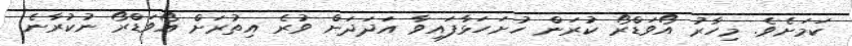
ކަމަށެވެ. މިހާރު އޯވަޑްރޯ ކުރަން ހުށަހަޅާފައިވާ އަދަދަށް ވުރެ އިތުރަށް އޯވަޑްރޯ ނުކުރާނެ